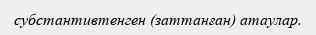
субстантивтенген (заттанған) атаулар.